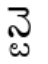
న్టె